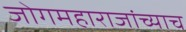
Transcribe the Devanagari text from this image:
जोगमहाराजांच्याच